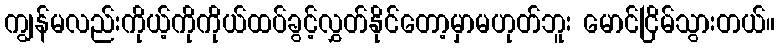
ကျွန်မလည်းကိုယ့်ကိုကိုယ်ထပ်ခွင့်လွှတ်နိုင်တော့မှာမဟုတ်ဘူး မောင်ငြိမ်သွားတယ်။